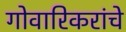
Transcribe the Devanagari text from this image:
गोवारिकरांचे